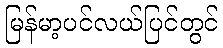
မြန်မာ့ပင်လယ်ပြင်တွင်